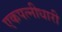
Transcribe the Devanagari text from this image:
एकपत्नीधारी